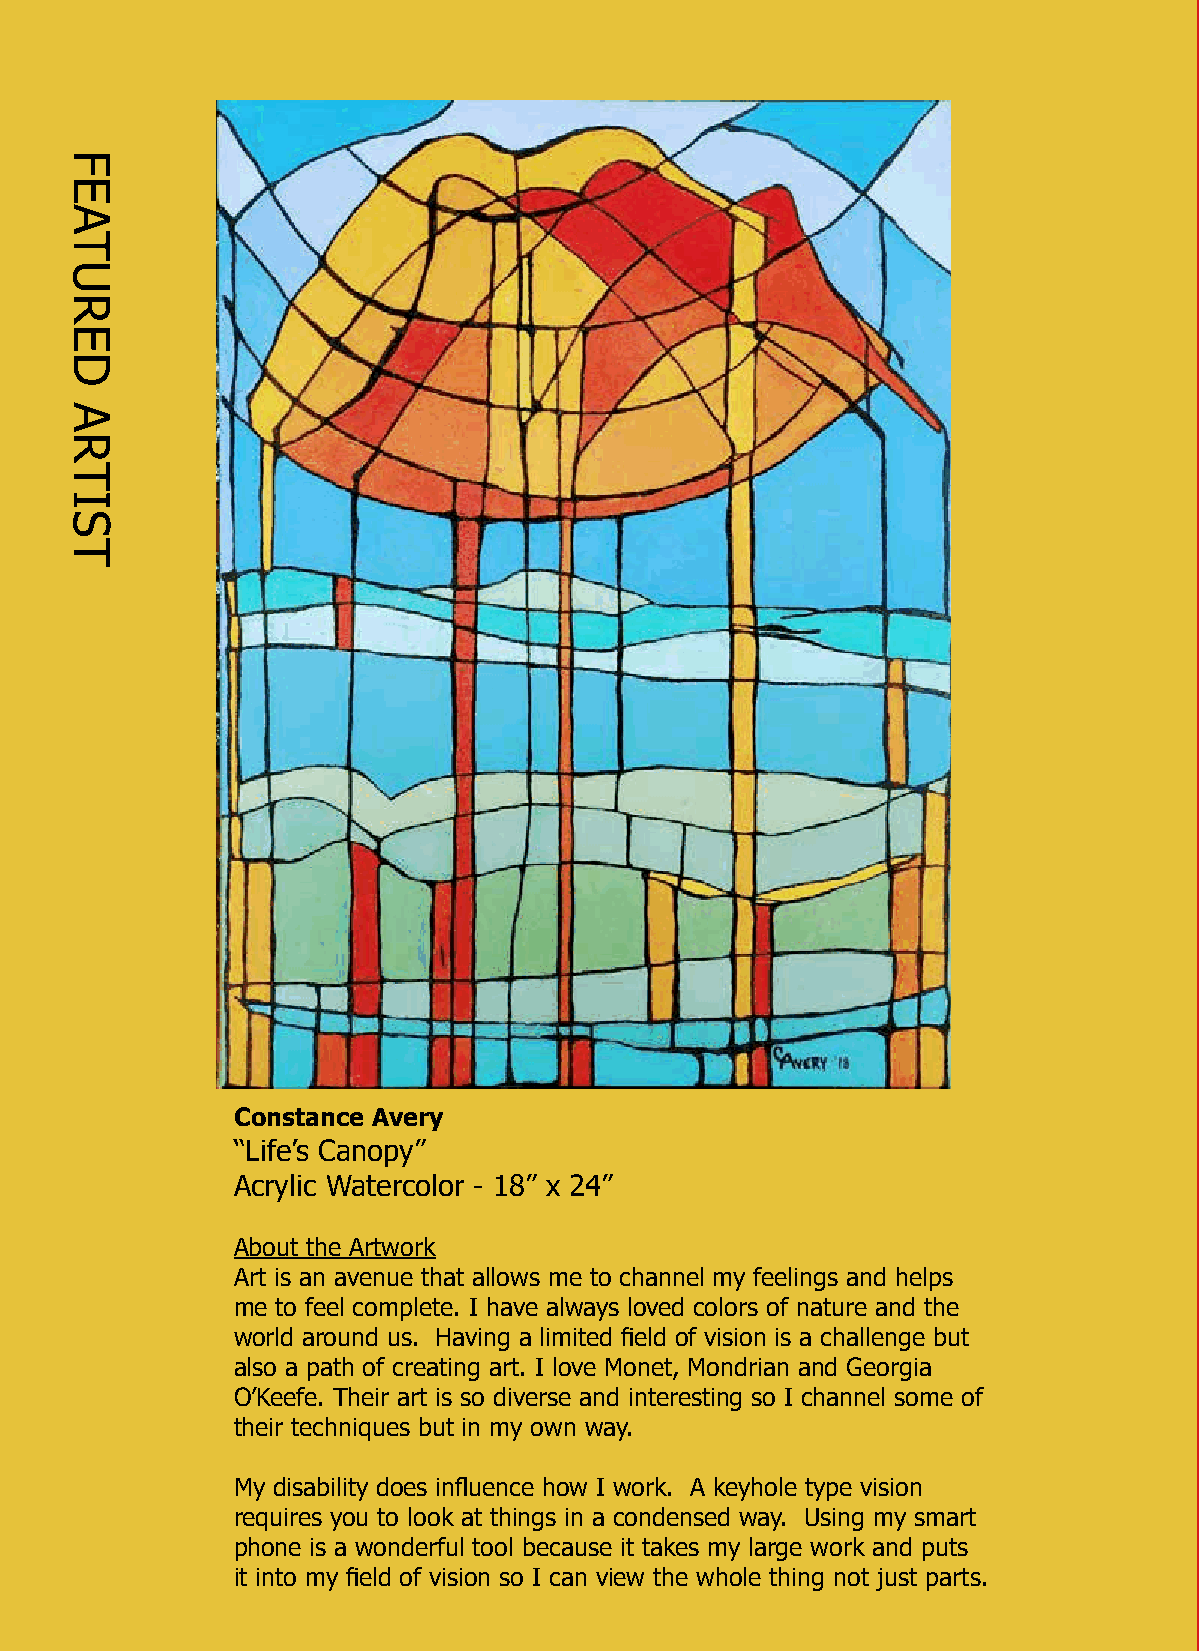
Constance Avery
 “Life’s Canopy”
 Acrylic Watercolor - 18” x 24”
 About the Artwork
 Art is an avenue that allows me to channel my feelings and helps
 me to feel complete. I have always loved colors of nature and the
 world around us. Having a limited field of vision is a challenge but
 also a path of creating art. I love Monet, Mondrian and Georgia
 O’Keefe. Their art is so diverse and interesting so I channel some of
 their techniques but in my own way.
 My disability does influence how I work. A keyhole type vision
 requires you to look at things in a condensed way. Using my smart
 phone is a wonderful tool because it takes my large work and puts
 it into my field of vision so I can view the whole thing not just parts.
 FEATURED
 ARTIST